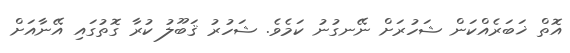
އޮތް ޚަބަރެއްކަން ޝަހުރަށް ނޭނގުނު ކަމެވެ. ޝަހުރު ޤަބޫލު ކުރާ ގޮތުގައި އޭނާއަށް